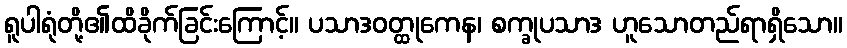
ရူပါရုံတို့၏ထိခိုက်ခြင်းကြောင့်။ ပသာဒဝတ္ထုကေန၊ စက္ခုပသာဒ ဟူသောတည်ရာရှိသော။